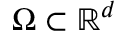
\Omega \subset \mathbb { R } ^ { d }